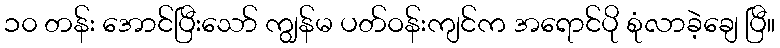
၁၀ တန်း အောင်ပြီးသော် ကျွန်မ ပတ်ဝန်းကျင်က အရောင်ပို စုံလာခဲ့ချေ ပြီ။